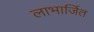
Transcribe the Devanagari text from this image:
लाभार्जित